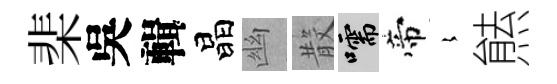
棐吳輯晶幽𣪚嚅帝𡻕㷱